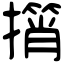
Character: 𢶠